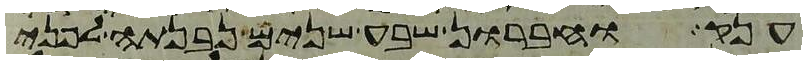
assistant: ענק וחברון שבע שנים נבנתה לפני